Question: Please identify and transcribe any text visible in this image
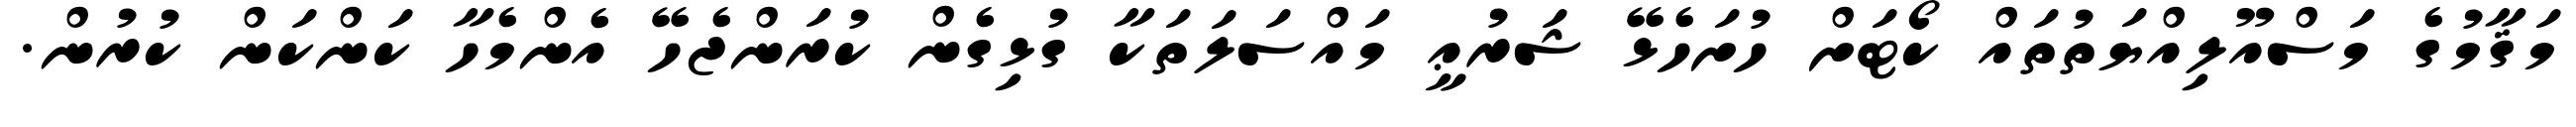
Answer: މަޤާމުގެ މަސްއޫލިއްޔަތުތައް ކޯޓަށް ހުށަހެޅޭ ޝަރުޢީ މައްސަލަތަކާ ގުޅިގެން ކުރަންޖެހޭ އެންމެހާ ކަންކަން ކުރުން.